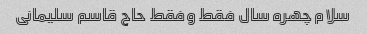
سلام چهره سال فقط وفقط حاج قاسم سلیمانی